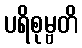
ပရိစုမ္ဗတိ